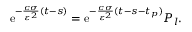
\mathrm { e } ^ { - \frac { c \sigma } { \varepsilon ^ { 2 } } ( t - s ) } = \mathrm { e } ^ { - \frac { c \sigma } { \varepsilon ^ { 2 } } ( t - s - t _ { p } ) } P _ { l } .